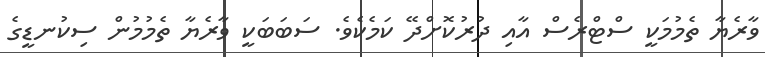
ވާރެޔާ ތެމުމަކީ ސްޓްރެސް އާއި ދުރުކޮށްދޭ ކަމެކެވެ. ސަބަބަކީ ވާރެޔާ ތެމުމުން ސިކުނޑީގެ